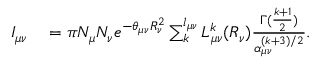
\begin{array} { r l } { I _ { \mu \nu } } & { { } = \pi N _ { \mu } N _ { \nu } e ^ { - \theta _ { \mu \nu } R _ { \nu } ^ { 2 } } \sum _ { k } ^ { l _ { \mu \nu } } L _ { \mu \nu } ^ { k } ( R _ { \nu } ) \frac { \Gamma ( \frac { k + 1 } { 2 } ) } { \alpha _ { \mu \nu } ^ { ( k + 3 ) / 2 } } . } \end{array}